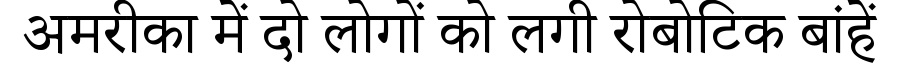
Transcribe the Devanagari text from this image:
अमरीका में दो लोगों को लगी रोबोटिक बांहें